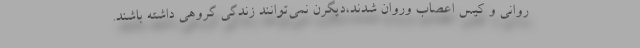
روانی و کیس اعصاب وروان شدند،دیگرن نمی‌توانند زندگی گروهی داشته باشند.